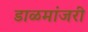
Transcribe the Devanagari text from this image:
डाळमांजरी